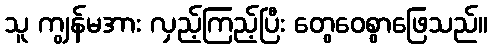
သူ ကျွန်မအား လှည့်ကြည့်ပြီး တွေဝေစွာဖြေသည်။